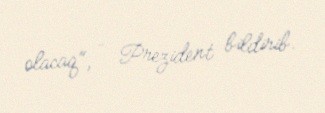
olacaq", - Prezident bildirib.